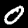
Label: 0